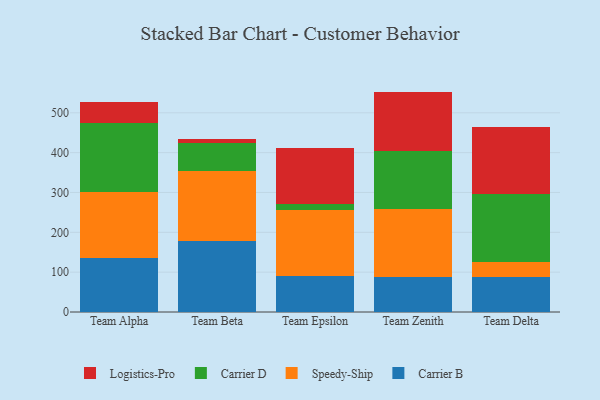
{"axis": {"x": "Team", "y": "Shipments"}, "legend": ["Carrier B", "Carrier D", "Logistics-Pro", "Speedy-Ship"], "data": [{"x": "Team Alpha", "y": 136.1, "type": "Carrier B"}, {"x": "Team Alpha", "y": 164.1, "type": "Speedy-Ship"}, {"x": "Team Alpha", "y": 173.6, "type": "Carrier D"}, {"x": "Team Alpha", "y": 54.3, "type": "Logistics-Pro"}, {"x": "Team Beta", "y": 178.5, "type": "Carrier B"}, {"x": "Team Beta", "y": 174.8, "type": "Speedy-Ship"}, {"x": "Team Beta", "y": 71.3, "type": "Carrier D"}, {"x": "Team Beta", "y": 9.9, "type": "Logistics-Pro"}, {"x": "Team Epsilon", "y": 90.4, "type": "Carrier B"}, {"x": "Team Epsilon", "y": 166.1, "type": "Speedy-Ship"}, {"x": "Team Epsilon", "y": 14.1, "type": "Carrier D"}, {"x": "Team Epsilon", "y": 142.1, "type": "Logistics-Pro"}, {"x": "Team Zenith", "y": 87.9, "type": "Carrier B"}, {"x": "Team Zenith", "y": 171.6, "type": "Speedy-Ship"}, {"x": "Team Zenith", "y": 144.7, "type": "Carrier D"}, {"x": "Team Zenith", "y": 149.0, "type": "Logistics-Pro"}, {"x": "Team Delta", "y": 88.7, "type": "Carrier B"}, {"x": "Team Delta", "y": 36.5, "type": "Speedy-Ship"}, {"x": "Team Delta", "y": 169.9, "type": "Carrier D"}, {"x": "Team Delta", "y": 169.0, "type": "Logistics-Pro"}]}